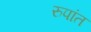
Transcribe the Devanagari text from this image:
रुपांत